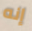
إنه